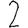
Digit: 2